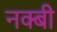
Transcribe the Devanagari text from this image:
नक्बी